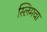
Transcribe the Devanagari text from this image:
स्लिमचा